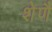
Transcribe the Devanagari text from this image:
शेणै